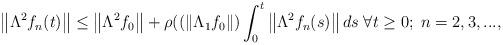
LaTeX: \begin{align*}\left\| \Lambda^2 f_n(t)\right\|\leq \left\| \Lambda^2 f_{0}\right\|+ \rho ((\left\Vert \Lambda _{1}f_0\right\Vert)\int_0^t\left\Vert \Lambda ^{2}f_n(s)\right\Vert ds \; \forall t \geq 0; \; n=2,3,..., \end{align*}